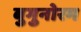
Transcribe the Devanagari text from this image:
बुगुनोरम